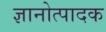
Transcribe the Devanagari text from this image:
ज्ञानोत्पादक